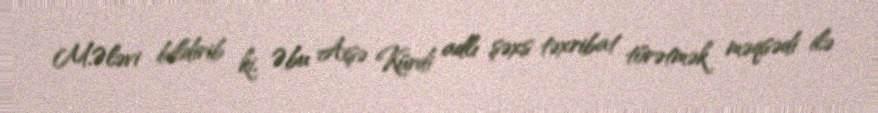
M.Ələvi bildirib ki, Əbu Aişə Kürdi adlı şəxs təxribat törətmək məqsədi ilə